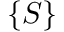
\{ S \}